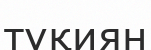
тұқиян